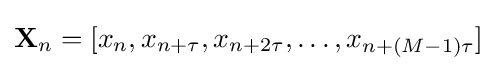
\mathbf {X} _{n}=[x_{n},x_{n+\tau },x_{n+2\tau },\ldots ,x_{n+(M-1)\tau }]